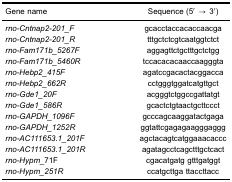
<table><thead><tr><td><b>Gene name</b></td><td><b>Sequence (5′ → 3′)</b></td></tr></thead><tbody><tr><td><i>rno-Cntnap2-201_F</i></td><td>gcacctaccacaccaacga</td></tr><tr><td><i>rno-Cntnap2-201_R</i></td><td>tttgctctcgtcaatggtctct</td></tr><tr><td><i>rno-Fam171b_5267F</i></td><td>aggagttctgctttgctctgg</td></tr><tr><td><i>rno-Fam171b_5460R</i></td><td>tccacacacaaccaagggta</td></tr><tr><td><i>rno-Hebp2_415F</i></td><td>agatccgacactacggacca</td></tr><tr><td><i>rno-Hebp2_662R</i></td><td>cctgggtggatcatgttgct</td></tr><tr><td><i>rno-Gde1_20F</i></td><td>acgggtctggccgattatgt</td></tr><tr><td><i>rno-Gde1_586R</i></td><td>gcactctgtaactgcttccct</td></tr><tr><td><i>rno-GAPDH_1096F</i></td><td>gcccagcaaggatactgaga</td></tr><tr><td><i>rno-GAPDH_1252R</i></td><td>ggtattcgagagaagggaggg</td></tr><tr><td><i>rno-AC111653.1_201F</i></td><td>agctacagtcatggaaacaccc</td></tr><tr><td><i>rno-AC111653.1_201R</i></td><td>agatagcctcagctttgctcact</td></tr><tr><td><i>rno-Hypm</i>_71F</td><td>cgacatgatg gtttgatggt</td></tr><tr><td><i>rno-Hypm_251R</i></td><td>ccatgcttga ttaccttacc</td></tr></tbody></table>